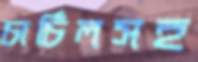
চার্চিলসহ